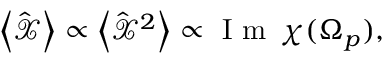
\begin{array} { r } { \left< \hat { \mathcal X } \right> \propto \left< \hat { \mathcal X } ^ { 2 } \right> \propto \mathrm { ~ I ~ m ~ } \, \chi ( \Omega _ { p } ) , } \end{array}